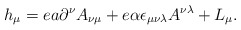
\begin{align*}h_{\mu}=ea\partial^\nu A_{\nu\mu}+e\alpha\epsilon_{\mu\nu\lambda}A^{\nu \lambda} +L_\mu.\end{align*}